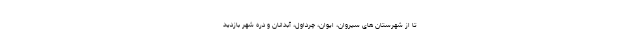
تا از شهرستان های سیروان، ایوان، چرداول، آبدانان و دره شهر بازدید